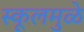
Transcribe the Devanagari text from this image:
स्कूलमुळे